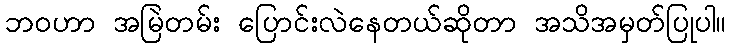
ဘဝဟာ အမြဲတမ်း ပြောင်းလဲနေတယ်ဆိုတာ အသိအမှတ်ပြုပါ။